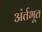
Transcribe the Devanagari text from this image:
अंर्तभूत